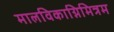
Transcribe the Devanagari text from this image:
मालविकाग्निमित्रम